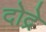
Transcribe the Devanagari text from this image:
दोद्रे